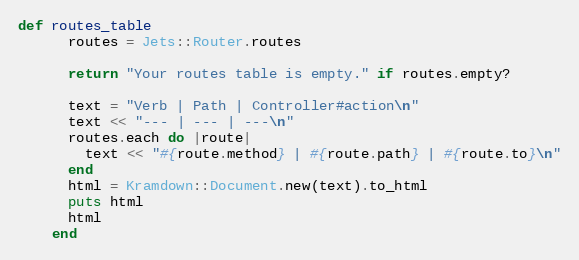
Language: Ruby
def routes_table
      routes = Jets::Router.routes

      return "Your routes table is empty." if routes.empty?

      text = "Verb | Path | Controller#action\n"
      text << "--- | --- | ---\n"
      routes.each do |route|
        text << "#{route.method} | #{route.path} | #{route.to}\n"
      end
      html = Kramdown::Document.new(text).to_html
      puts html
      html
    end